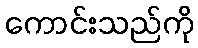
ကောင်းသည်ကို